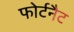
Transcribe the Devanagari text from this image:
फोर्टनैट